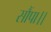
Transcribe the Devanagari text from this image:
सौंपा।।